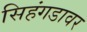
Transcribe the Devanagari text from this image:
सिहंगडावर